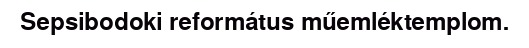
Sepsibodoki református műemléktemplom.